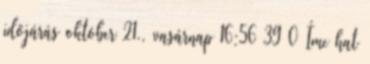
időjárás október 21., vasárnap 16:56 39 0 Íme hat